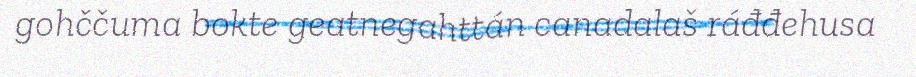
gohččuma bokte geatnegahttán canadalaš ráđđehusa